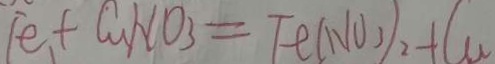
F e 、 + C u N O _ { 3 } = F e ( N O _ { 3 } ) _ { 2 } + C u